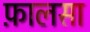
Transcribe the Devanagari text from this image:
फ़ालसा